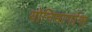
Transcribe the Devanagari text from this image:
योनिमार्गास